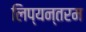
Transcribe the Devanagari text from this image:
लिप्यन्तरम